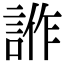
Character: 𧧻